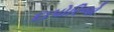
દાપોરિજો